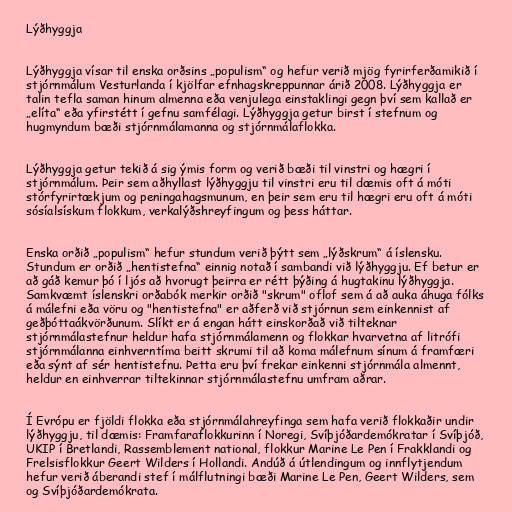
Lýðhyggja

Lýðhyggja vísar til enska orðsins „populism“ og hefur verið mjög fyrirferðamikið í
stjórnmálum Vesturlanda í kjölfar efnhagskreppunnar árið 2008. Lýðhyggja er
talin tefla saman hinum almenna eða venjulega einstaklingi gegn því sem kallað er
„elíta“ eða yfirstétt í gefnu samfélagi. Lýðhyggja getur birst í stefnum og
hugmyndum bæði stjórnmálamanna og stjórnmálaflokka.

Lýðhyggja getur tekið á sig ýmis form og verið bæði til vinstri og hægri í
stjórnmálum. Þeir sem aðhyllast lýðhyggju til vinstri eru til dæmis oft á móti
stórfyrirtækjum og peningahagsmunum, en þeir sem eru til hægri eru oft á móti
sósíalsískum flokkum, verkalýðshreyfingum og þess háttar.

Enska orðið „populism“ hefur stundum verið þýtt sem „lýðskrum“ á íslensku.
Stundum er orðið „hentistefna“ einnig notað í sambandi við lýðhyggju. Ef betur er
að gáð kemur þó í ljós að hvorugt þeirra er rétt þýðing á hugtakinu lýðhyggja.
Samkvæmt íslenskri orðabók merkir orðið "skrum" oflof sem á að auka áhuga fólks
á málefni eða vöru og "hentistefna" er aðferð við stjórnun sem einkennist af
geðþóttaákvörðunum. Slíkt er á engan hátt einskorðað við tilteknar
stjórnmálastefnur heldur hafa stjórnmálamenn og flokkar hvarvetna af litrófi
stjórnmálanna einhverntíma beitt skrumi til að koma málefnum sínum á framfæri
eða sýnt af sér hentistefnu. Þetta eru því frekar einkenni stjórnmála almennt,
heldur en einhverrar tiltekinnar stjórnmálastefnu umfram aðrar.

Í Evrópu er fjöldi flokka eða stjórnmálahreyfinga sem hafa verið flokkaðir undir
lýðhyggju, til dæmis: Framfaraflokkurinn í Noregi, Svíþjóðardemókratar í Svíþjóð,
UKIP í Bretlandi, Rassemblement national, flokkur Marine Le Pen í Frakklandi og
Frelsisflokkur Geert Wilders í Hollandi. Andúð á útlendingum og innflytjendum
hefur verið áberandi stef í málflutningi bæði Marine Le Pen, Geert Wilders, sem
og Svíþjóðardemókrata.